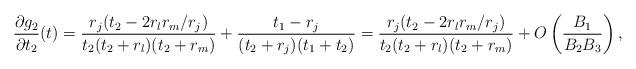
LaTeX: \begin{align*} \frac{\partial g_2}{\partial t_2}(t) = \frac{r_j(t_2 - 2r_lr_m/r_j)}{t_2(t_2+r_l)(t_2 + r_m)} + \frac{t_1 - r_j}{(t_2 + r_j)(t_1 + t_2)} = \frac{r_j(t_2 - 2r_lr_m/r_j)}{t_2(t_2+r_l)(t_2 + r_m)} + O\left(\frac{B_1}{B_2B_3}\right), \end{align*}